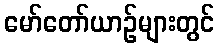
မော်တော်ယာဉ်များတွင်